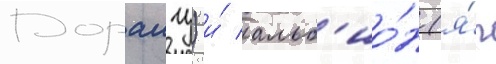
Дораигу) и́ альб'ио́н (я́п